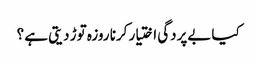
کیا بےپردگی اختیار کرنا روزہ توڑ دیتی ہے ؟